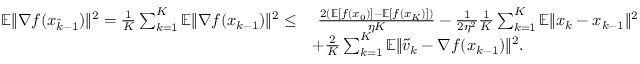
\begin{array} { r l } { \mathbb { E } \| \nabla f ( x _ { \hat { k } - 1 } ) \| ^ { 2 } = \frac { 1 } { K } \sum _ { k = 1 } ^ { K } \mathbb { E } \| \nabla f ( x _ { k - 1 } ) \| ^ { 2 } \leq } & { \ \frac { 2 ( \mathbb { E } [ f ( x _ { 0 } ) ] - \mathbb { E } [ f ( x _ { K } ) ] ) } { \eta K } - \frac { 1 } { 2 \eta ^ { 2 } } \frac { 1 } { K } \sum _ { k = 1 } ^ { K } \mathbb { E } \| x _ { k } - x _ { k - 1 } \| ^ { 2 } } \\ & { + \frac { 2 } { K } \sum _ { k = 1 } ^ { K } \mathbb { E } \| \widetilde v _ { k } - \nabla f ( x _ { k - 1 } ) \| ^ { 2 } . } \end{array}